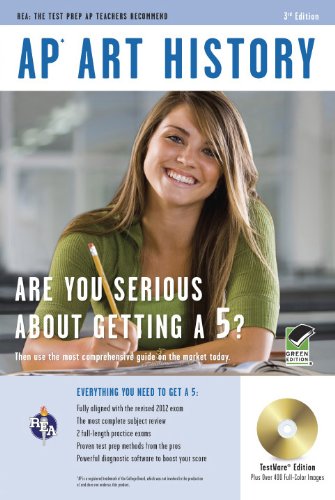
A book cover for APÂ® Art History, plus Timed-Exam CD-Software (Advanced Placement (AP) Test Preparation); Frank Chmiel; Teen & Young Adult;